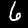
Digit: 6